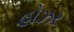
હોઝર